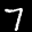
Label: 7